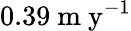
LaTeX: \mathrm{0.39\ m\ y^{-1}}